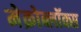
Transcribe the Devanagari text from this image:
मेक्रोब्लॉक्स